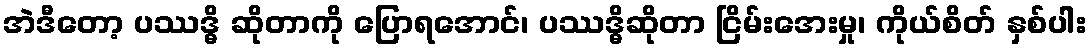
အဲဒီတော့ ပဿဒ္ဓိ ဆိုတာကို ပြောရအောင်၊ ပဿဒ္ဓိဆိုတာ ငြိမ်းအေးမှု၊ ကိုယ်စိတ် နှစ်ပါး